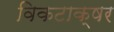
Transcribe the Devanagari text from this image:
विकटाक्षर